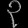
Digit: ၃